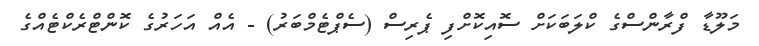
މަލޫޑާ ފްރާންސްގެ ކްލަބަކަށް ސޮއިކޮށްފި ޕެރިސް (ސެޕްޓެމްބަރު) - އެއް އަހަރުގެ ކޮންޓްރެކްޓެއްގެ